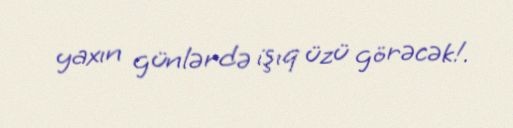
yaxın günlərdə işıq üzü görəcək!.